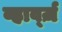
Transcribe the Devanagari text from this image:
व्हार्व्ज़